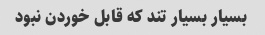
بسیار بسیار تند که قابل خوردن نبود